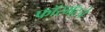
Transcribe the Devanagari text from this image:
फॉरमॅटचे